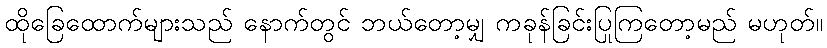
ထိုခြေထောက်များသည် နောက်တွင် ဘယ်တော့မျှ ကခုန်ခြင်းပြုကြတော့မည် မဟုတ်။